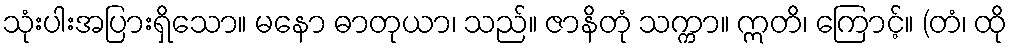
သုံးပါးအပြားရှိသော။ မနော ဓာတုယာ၊ သည်။ ဇာနိတုံ သက္ကာ။ ဣတိ၊ ကြောင့်။ (တံ၊ ထို